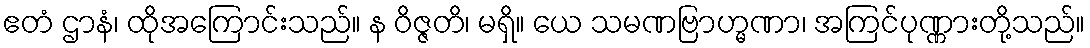
ဧတံ ဌာနံ၊ ထိုအကြောင်းသည်။ န ဝိဇ္ဇတိ၊ မရှိ။ ယေ သမဏဗြာဟ္မဏာ၊ အကြင်ပုဏ္ဏားတို့သည်။